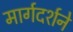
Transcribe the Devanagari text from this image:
मार्गदर्शने